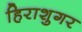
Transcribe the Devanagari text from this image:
हिराशुगर